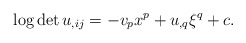
\begin{align*} \log\det u_{,ij}=-v_px^p+u_{,q}\xi^q+c. \end{align*}